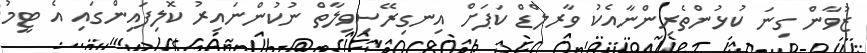
ޒުވާން ގިނަ ކުޅުންތެރިންނާއެކު ވާރލްޑް ކަޕަށް އިނގިރޭސިވިލާތް ނުކުންނައިރު ކޮލިފައިންގައި އެ ޓީމު